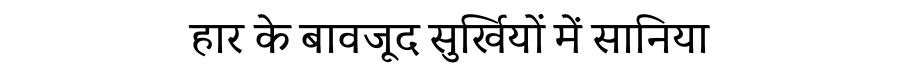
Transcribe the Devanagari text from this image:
हार के बावजूद सुर्खियों में सानिया